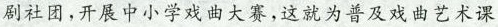
快社团，开展中小学戏曲大赛,这就为普及戏曲艺术课